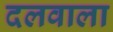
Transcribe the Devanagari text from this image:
दलवाला